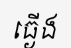
ធ្ងើង